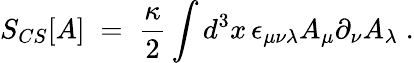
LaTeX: S_{CS}[A]\; =\; \frac{\kappa}{2}\int d^{3}x\, \epsilon_{\mu\nu\lambda}A_{\mu}\partial_{\nu}A_{\lambda}\; .